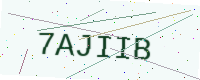
Text: 7AJIIB